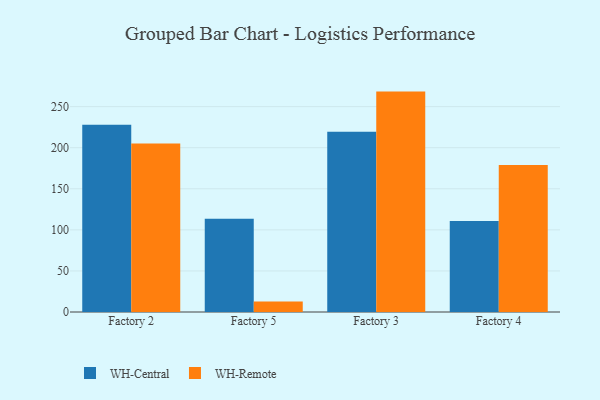
{"axis": {"x": "Factory", "y": "Operating Costs (USD K)"}, "legend": ["WH-Central", "WH-Remote"], "data": [{"x": "Factory 2", "y": 228.0, "type": "WH-Central"}, {"x": "Factory 2", "y": 205.1, "type": "WH-Remote"}, {"x": "Factory 5", "y": 113.4, "type": "WH-Central"}, {"x": "Factory 5", "y": 12.7, "type": "WH-Remote"}, {"x": "Factory 3", "y": 219.3, "type": "WH-Central"}, {"x": "Factory 3", "y": 268.3, "type": "WH-Remote"}, {"x": "Factory 4", "y": 110.9, "type": "WH-Central"}, {"x": "Factory 4", "y": 178.9, "type": "WH-Remote"}]}